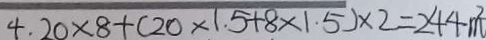
4 \cdot 2 0 \times 8 + ( 2 0 \times 1 \cdot 5 + 8 \times 1 \cdot 5 ) \times 2 = 2 4 4 m ^ { 2 }